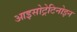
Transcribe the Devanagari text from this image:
आइसोट्रेटिनोइन